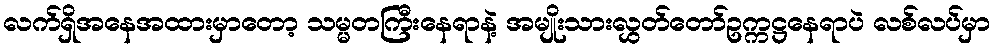
လက်ရှိအနေအထားမှာတော့ သမ္မတကြီးနေရာနဲ့ အမျိုးသားလွှတ်တော်ဥက္ကဋ္ဌနေရာပဲ လစ်လပ်မှာ